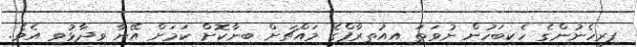
ފިރިހެނުންގެ ހެކިބަހުން ނުވަތަ އިއުތިރާފްގެ މައްޗަށް ބިނާކޮށް ކަމަށް އޭނާ ވިދާޅުވި އެވެ.